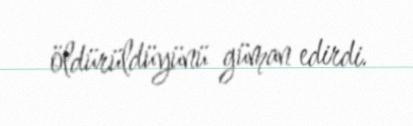
öldürüldüyünü güman edirdi.